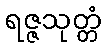
ရဇ္ဇသုတ္တံ